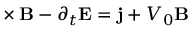
\mathbf { \nabla } \times \mathbf { B } - \partial _ { t } \mathbf { E } = \mathbf { j } + V _ { 0 } \mathbf { B }